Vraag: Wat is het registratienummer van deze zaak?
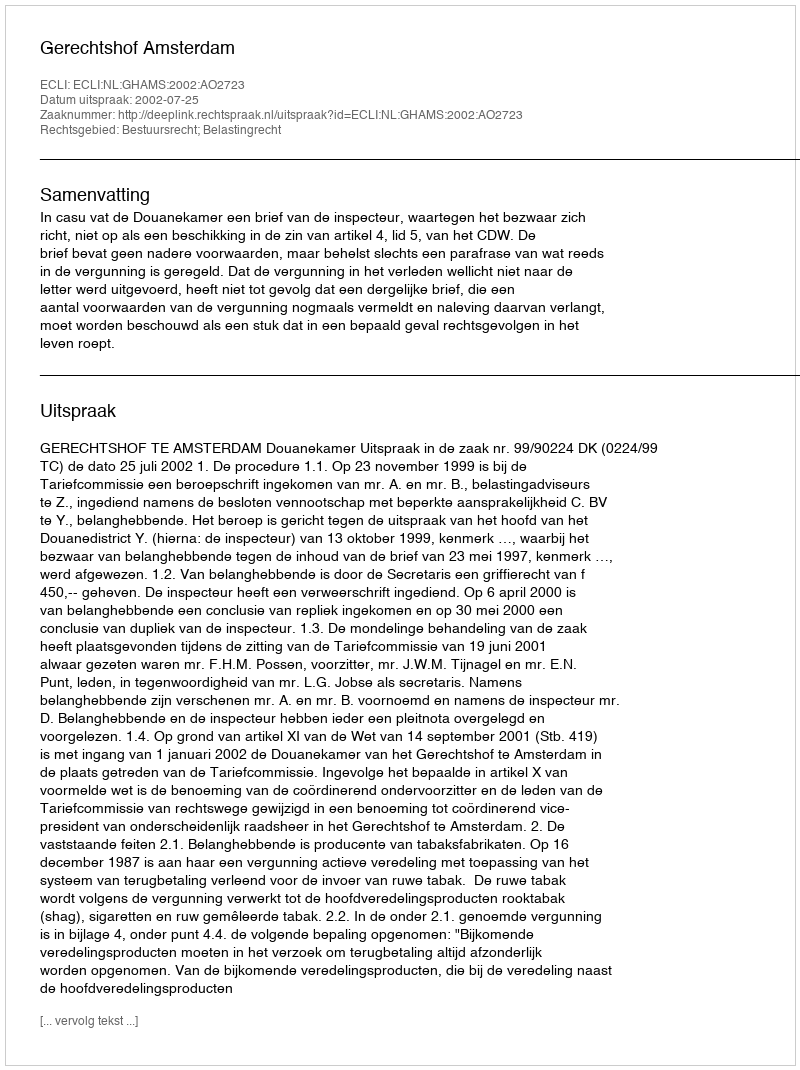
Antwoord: http://deeplink.rechtspraak.nl/uitspraak?id=ECLI:NL:GHAMS:2002:AO2723